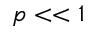
p < < 1